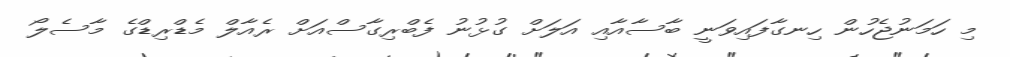
މި ހަމަނުޖެހުން ހިނގާފައިވަނީ ބާސާއާއި އަލަށް ގުޅުނު ފެބްރިގާސްއަށް ރެއާލް މެޑްރިޑްގެ މާސެލޯ